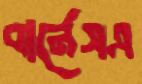
বার্নেসএ